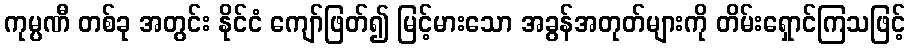
ကုမ္ပဏီ တစ်ခု အတွင်း နိုင်ငံ ကျော်ဖြတ်၍ မြင့်မားသော အခွန်အတုတ်များကို တိမ်းရှောင်ကြသဖြင့်